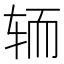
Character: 𮝵